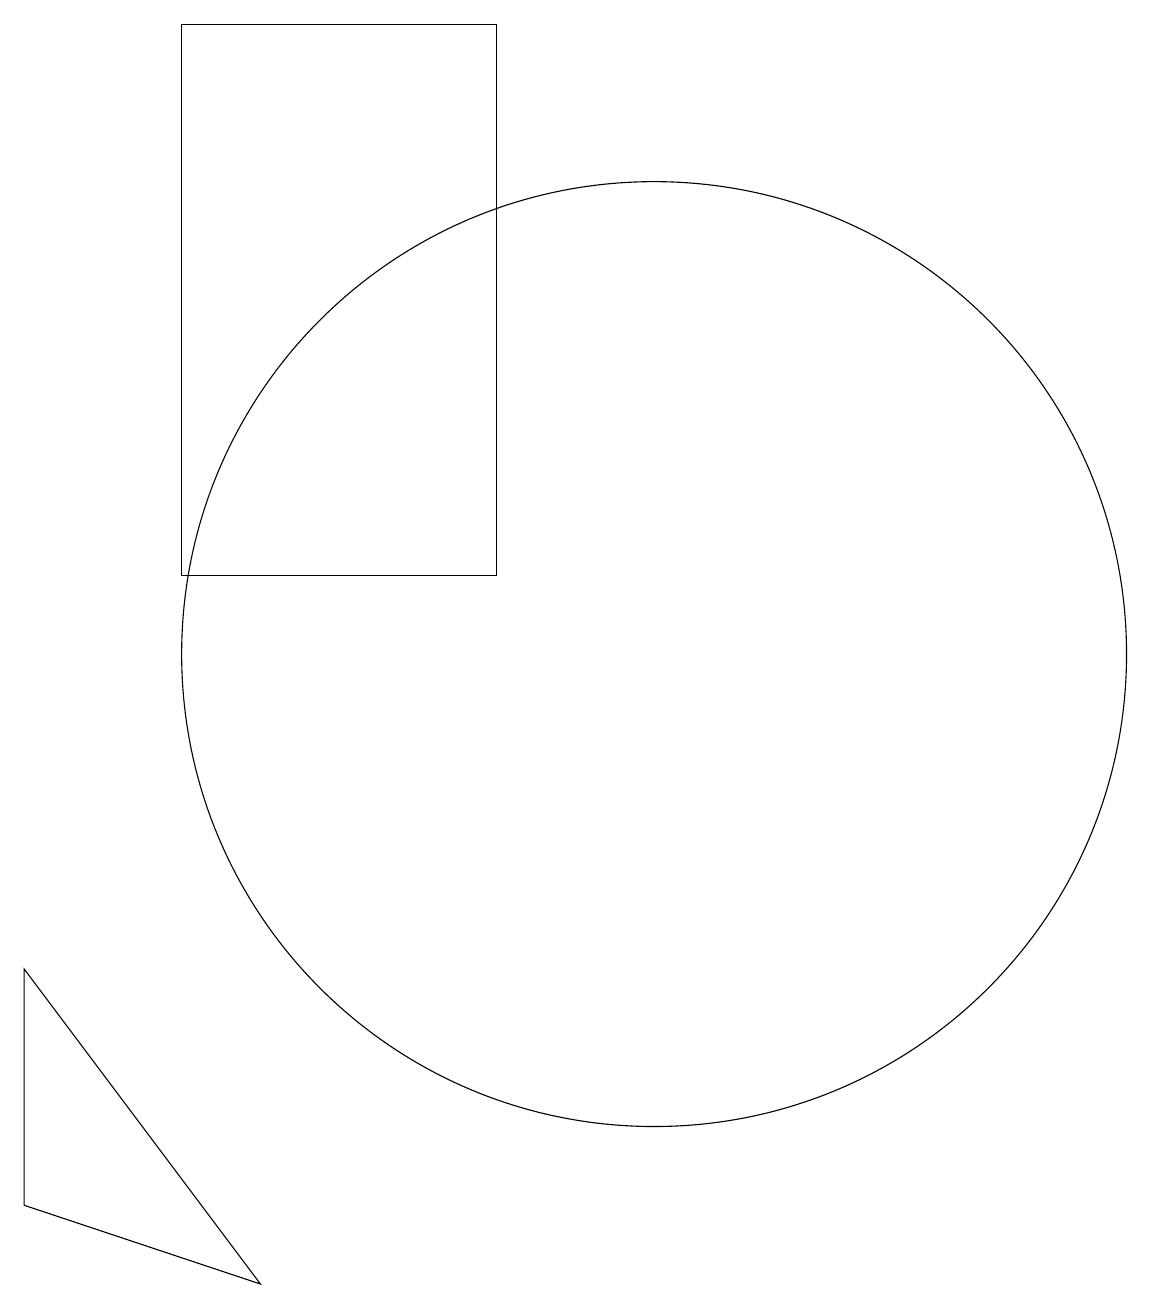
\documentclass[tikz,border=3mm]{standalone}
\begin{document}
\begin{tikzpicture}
\draw (10,10) circle (6);
\draw (4,11) rectangle (8,18);
\draw (5,2) -- (2,3) -- (2,6) -- cycle;
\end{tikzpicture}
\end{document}